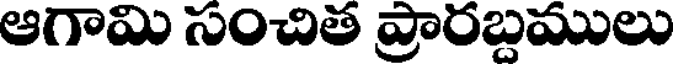
ఆగామి సంచిత ప్రారబ్దములు